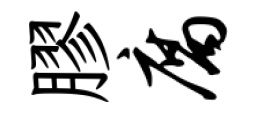
膠腐